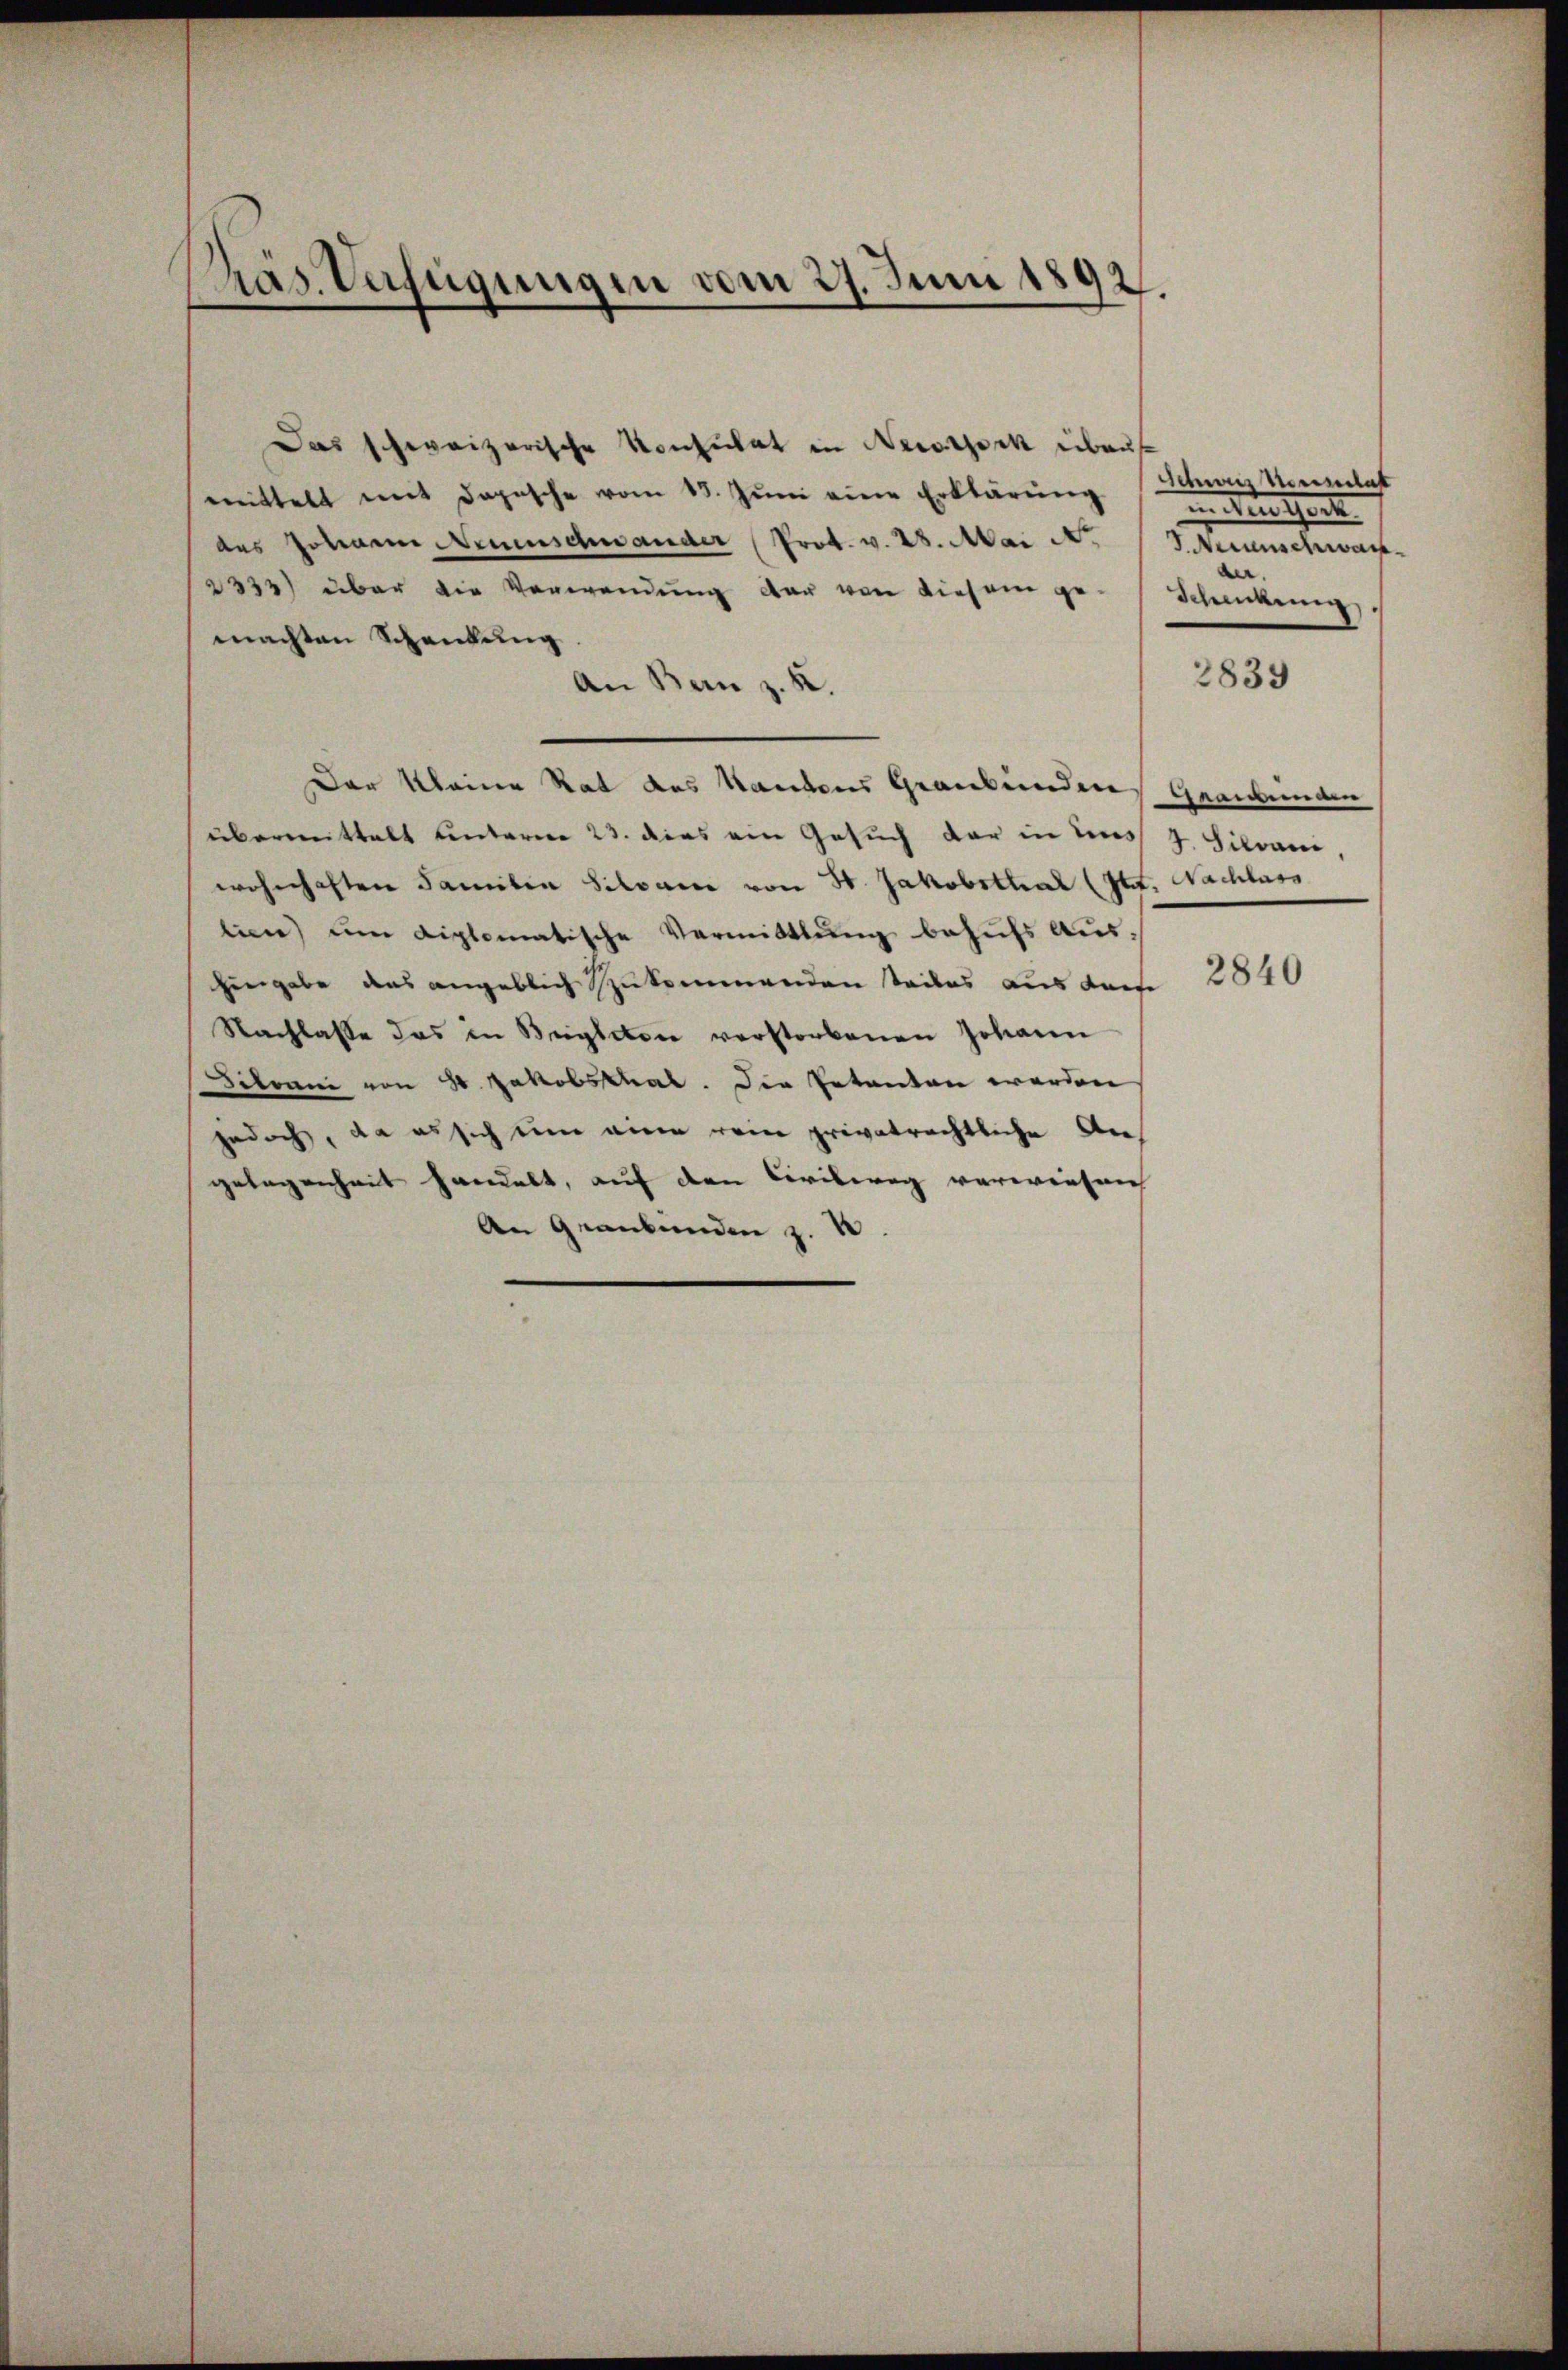
Präs. Verfügungen vom 27. Juni 1892.

Das schweizerische Konsulat in Nestock ebens
mittelt mit Dapische vom 15. Jŭni eine Erklärŭng
des Johanne Neuenschwander Prot. v. 28. Mai d.
2332) über die Verwendung der von diesem gemachten Schenkung
An Bern z. K.
Der kleine Rat des Kantons Graubünden Graubünden
überweittelt unterner 23. dies ein Gesuch der in unss 7. Silvani,
wohnhaften Familia Silvance von 30. Jakobsthal (Itt. Nachlass
lin) um diplomatische Vermittlung behŭfs Aus-
hengabe das angeblich zukommenden steiles aus derse
Nachlasse das in Begleten verstorbenen Johann
Silvani von 80 Jakobschal. Die Petenten werden
jedoch, da es sich um eine rein privatrechtliche Angelegenheit handelt, auf den Civilweg verwiesen
An Grankenden z.

Schaus Meinelast
intertheit
v. Neuenschwarz
Denkung

2839

2840